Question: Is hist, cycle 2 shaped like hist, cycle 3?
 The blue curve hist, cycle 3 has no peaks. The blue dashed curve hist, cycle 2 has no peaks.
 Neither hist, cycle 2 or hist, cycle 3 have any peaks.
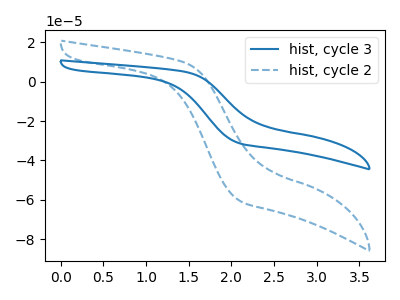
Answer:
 <answer>"hist, cycle 2" and "hist, cycle 3" are similar in shape.</answer>
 <eval>same_shape</eval>